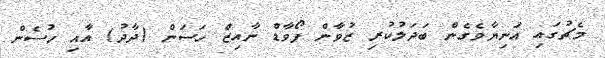
މެޗުގައި އަނިޔާވެގެން ބަދަލުކުރި ޒުވާން ފޯވާޑް ނާއިޒް ހަސަން (ދާދު) އާއި ހުސެން